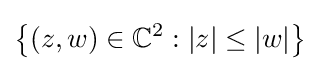
\left\{(z,w)\in \mathbb {C} ^{2}:|z|\leq |w|\right\}